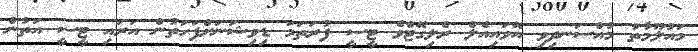
މައުލޫމާތު މުއްސަނދިވި އޭވައިއެލް ރެލިގޭޓްވެ ޓީސީ ފުރަތަމަ ޑިވިޝަނަށްފަހަތުން އަރައި ޓީސީ އަތުން